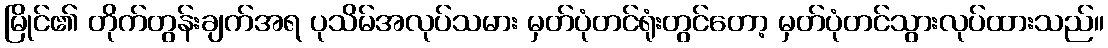
မြိုင်၏ တိုက်တွန်းချက်အရ ပုသိမ်အလုပ်သမား မှတ်ပုံတင်ရုံးတွင်တော့ မှတ်ပုံတင်သွားလုပ်ထားသည်။